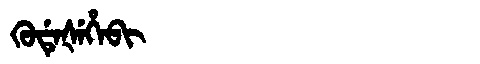
Manchu: ᡴᡠᡩᡝᡧᡝᡥᡝᠪᡳ
Romanization: KUDEŠEHEBI